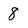
Character: 8